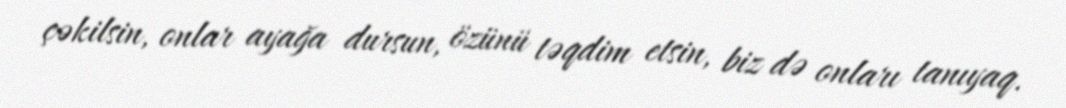
çəkilsin, onlar ayağa dursun, özünü təqdim etsin, biz də onları tanıyaq.